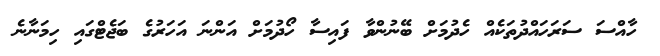
ހާއްސަ ސަރަހައްދުތަކެއް ހެދުމަށް ބޭނުންވާ ފައިސާ ހޯދުމަށް އަންނަ އަހަރުގެ ބަޖެޓްގައި ހިމަނާނެ